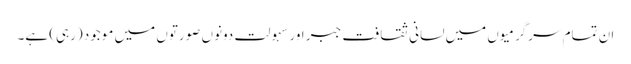
ان تمام سرگرمیوں میں لسانی ثقافت جبر اور سہولت دونوں صورتوں میں موجود (رہی) ہے۔